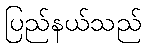
ပြည်နယ်သည်